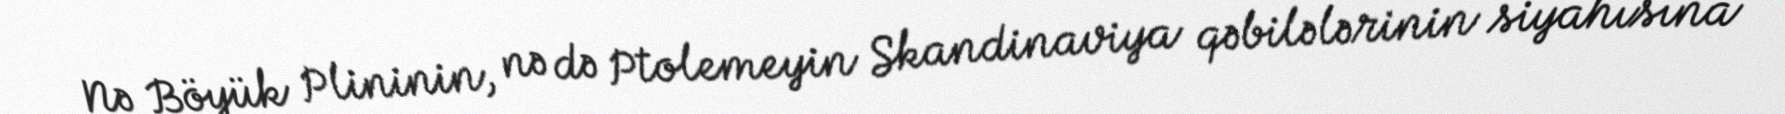
Nə Böyük Plininin, nə də Ptolemeyin Skandinaviya qəbilələrinin siyahısına